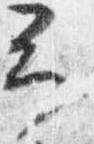
予